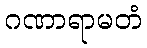
ဂဏာရာမတံ